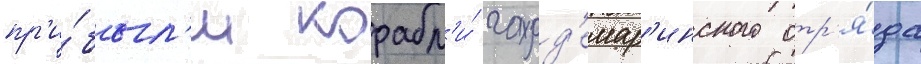
пр'и́был'и корабл'и́ гард'емар'инского отр'я́да